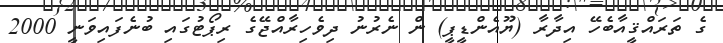
ގެ ތަރައްޤީއާބެހޭ އިދާރާ (ޔޫއެންޑީޕީ) ން ނެރުނު ދިވެހިރާއްޖޭގެ ރިޕޯޓުގައި ބުނެފައިވަނީ 2000